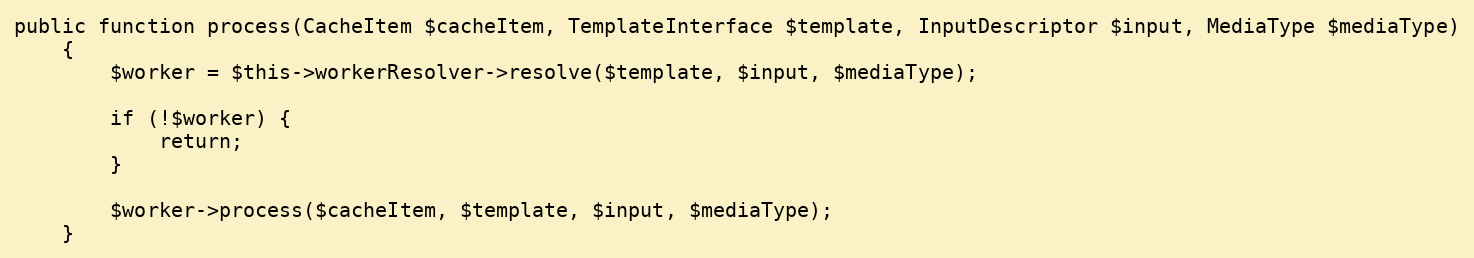
Language: PHP
public function process(CacheItem $cacheItem, TemplateInterface $template, InputDescriptor $input, MediaType $mediaType)
    {
        $worker = $this->workerResolver->resolve($template, $input, $mediaType);

        if (!$worker) {
            return;
        }

        $worker->process($cacheItem, $template, $input, $mediaType);
    }